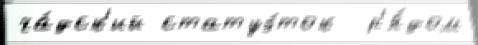
ча́дск'ий статуэ́ток  р'я́дом